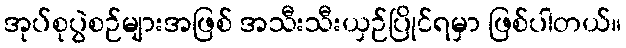
အုပ်စုပွဲစဉ်များအဖြစ် အသီးသီးယှဉ်ပြိုင်ရမှာ ဖြစ်ပါတယ်။